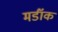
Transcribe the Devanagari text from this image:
मर्डॉक